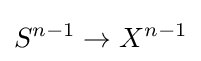
S^{n-1}\to X^{n-1}